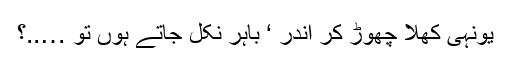
یونہی کھلا چھوڑ کر اندر ‘ باہر نکل جاتے ہوں تو …..؟